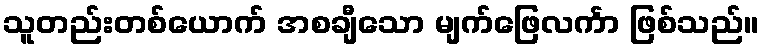
သူတည်းတစ်ယောက် အစချီသော မျက်ဖြေလင်္ကာ ဖြစ်သည်။